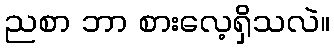
ညစာ ဘာ စားလေ့ရှိသလဲ။